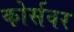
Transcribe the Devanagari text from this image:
कोर्सवर